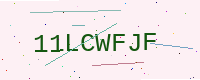
Text: 11LCWFJF